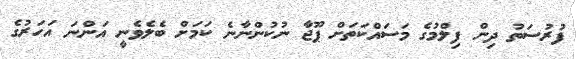
ފުރުސަތު ދިން ފިލްމުގެ މަސައްކަތަށް ޕޫޖާ ނުކުންނާނެ ކަމަށް ބެލެވެނީ އަންނަ އަހަރުގެ